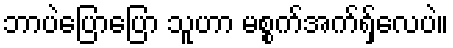
ဘာပဲပြောပြော သူဟာ မစ္စက်အက်ရှ်လေပဲ။